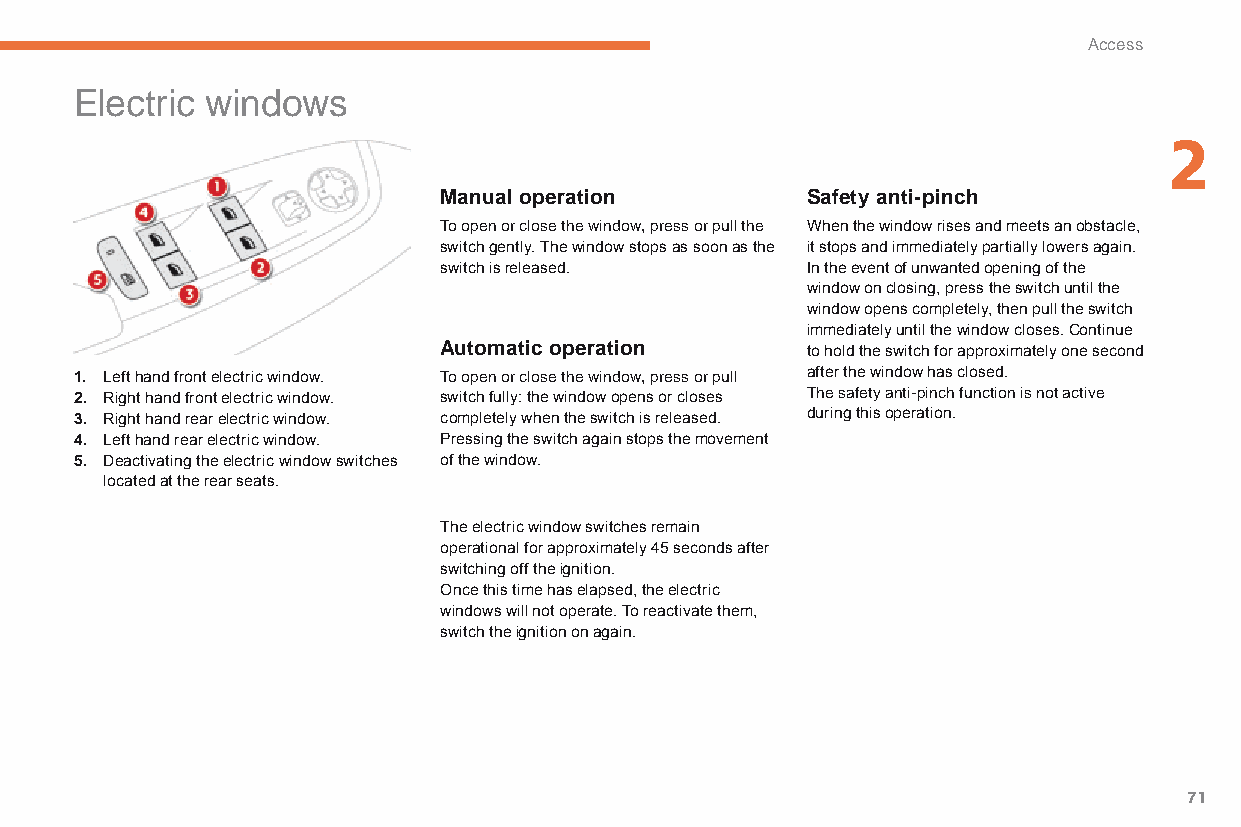
Access
 Electric windows
 2
 Manual operation        Safety anti-pinch
 To open or close the window, press or pull the When the window rises and meets an obstacle,
 switch gently. The window stops as soon as the it stops and immediately partially lowers again.
 switch is released.     In the event of unwanted opening of the
 window on closing, press the switch until the
 window opens completely, then pull the switch
 immediately until the window closes. Continue
 Automatic operation     to hold the switch for approximately one second
 1. Left hand front electric window. To open or close the window, press or pull after the window has closed.
 2. Right hand front electric window. switch fully: the window opens or closes The safety anti-pinch function is not active
 3. Right hand rear electric window. completely when the switch is released. during this operation.
 4. Left hand rear electric window. Pressing the switch again stops the movement
 5. Deactivating the electric window switches of the window.
 located at the rear seats.
 The electric window switches remain
 operational for approximately 45 seconds after
 switching off the ignition.
 Once this time has elapsed, the electric
 windows will not operate. To reactivate them,
 switch the ignition on again.
 71
 C4-Picasso-II_en_Chap02_ouvertures_ed01-2015